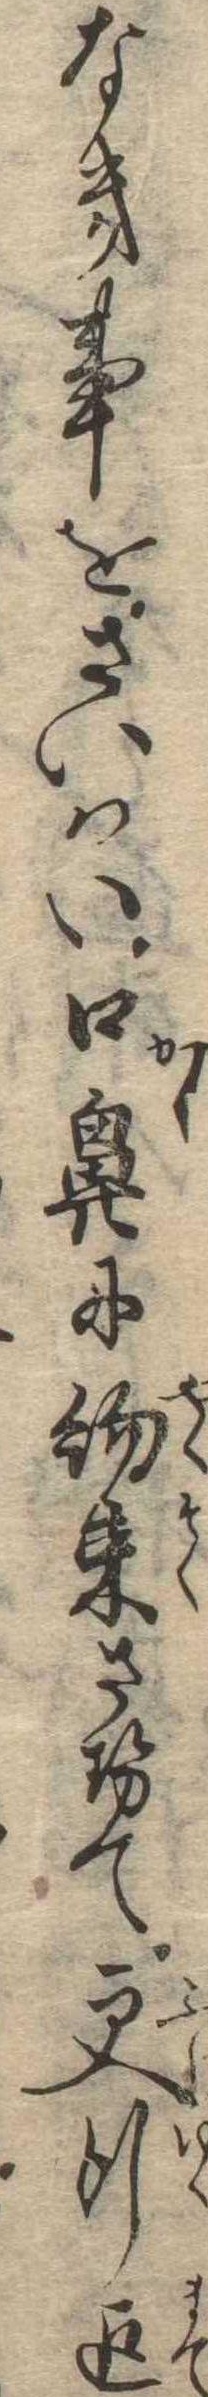
なき事をさいはい口鼻に約束させて更行迄